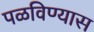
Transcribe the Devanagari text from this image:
पळविण्यास